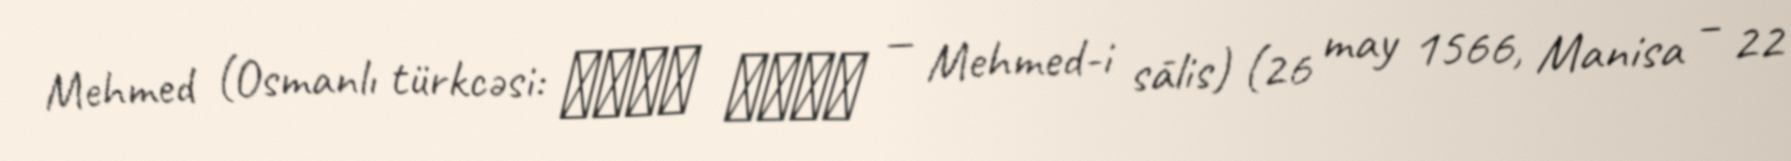
Mehmed (Osmanlı türkcəsi: محمد ثالث — Mehmed-i sālis) (26 may 1566, Manisa – 22